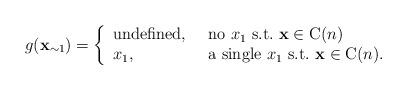
LaTeX: \begin{align*}g({ \mathbf{x}_{\sim 1}}) = \left \{ \begin{array}{ll} \mbox{undefined},~ & \mbox{no}~x_1~\mbox{s.t.}~\mathbf{x} \in {\rm C}(n) \\ x_1,~ & \mbox{a single}~x_1~\mbox{s.t.}~\mathbf{x} \in {\rm C}(n). \end{array} \right .\end{align*}